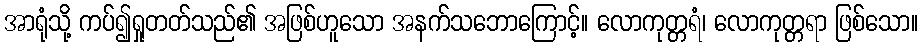
အာရုံသို့ ကပ်၍ရှုတတ်သည်၏ အဖြစ်ဟူသော အနက်သဘောကြောင့်။ လောကုတ္တရံ၊ လောကုတ္တရာ ဖြစ်သော။